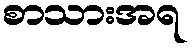
စာသားအရ